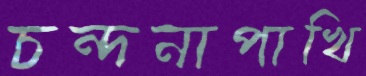
চন্দনাপাখি